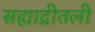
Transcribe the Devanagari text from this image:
सह्याद्रीतली